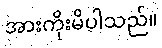
အားကိုးမိပါသည်။